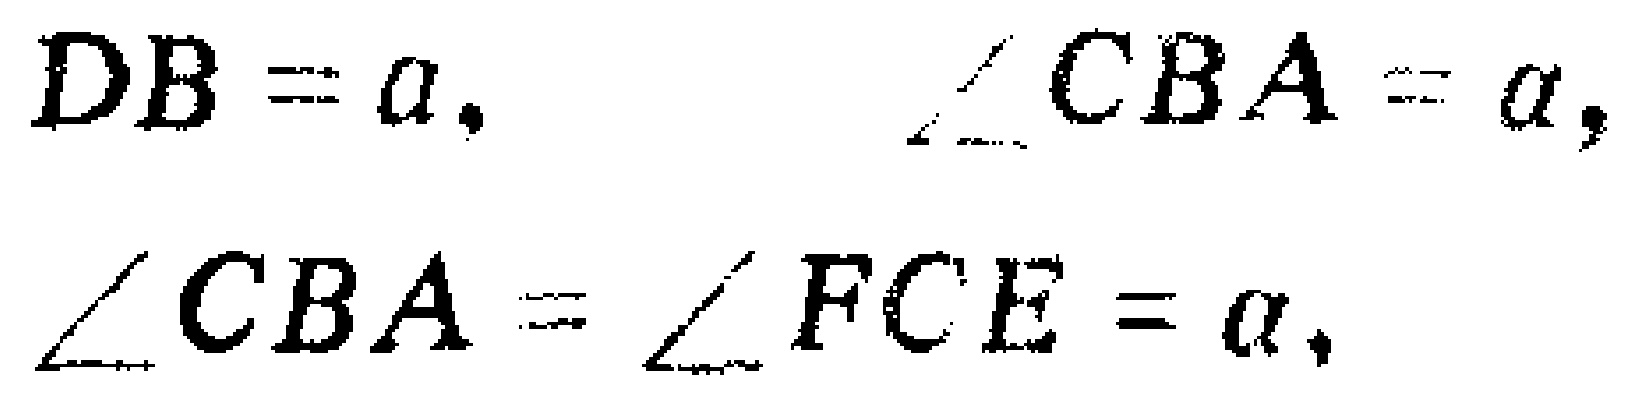
\(DB = a, \quad \angle CBA = \alpha, \quad \angle CBA = \angle FCE = \alpha,\)